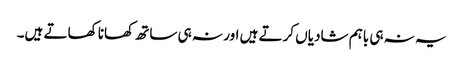
یہ نہ ہی باہم شادیاں کرتے ہیں اور نہ ہی ساتھ کھانا کھاتے ہیں۔